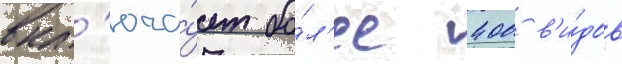
вкл'юча́ет бо́л'ее 400 в'и́дов